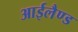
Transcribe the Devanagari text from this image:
आईलैण्‍ड